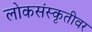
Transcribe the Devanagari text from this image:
लोकसंस्कृतीवर